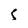
Character: 5